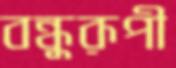
বন্ধুরূপী